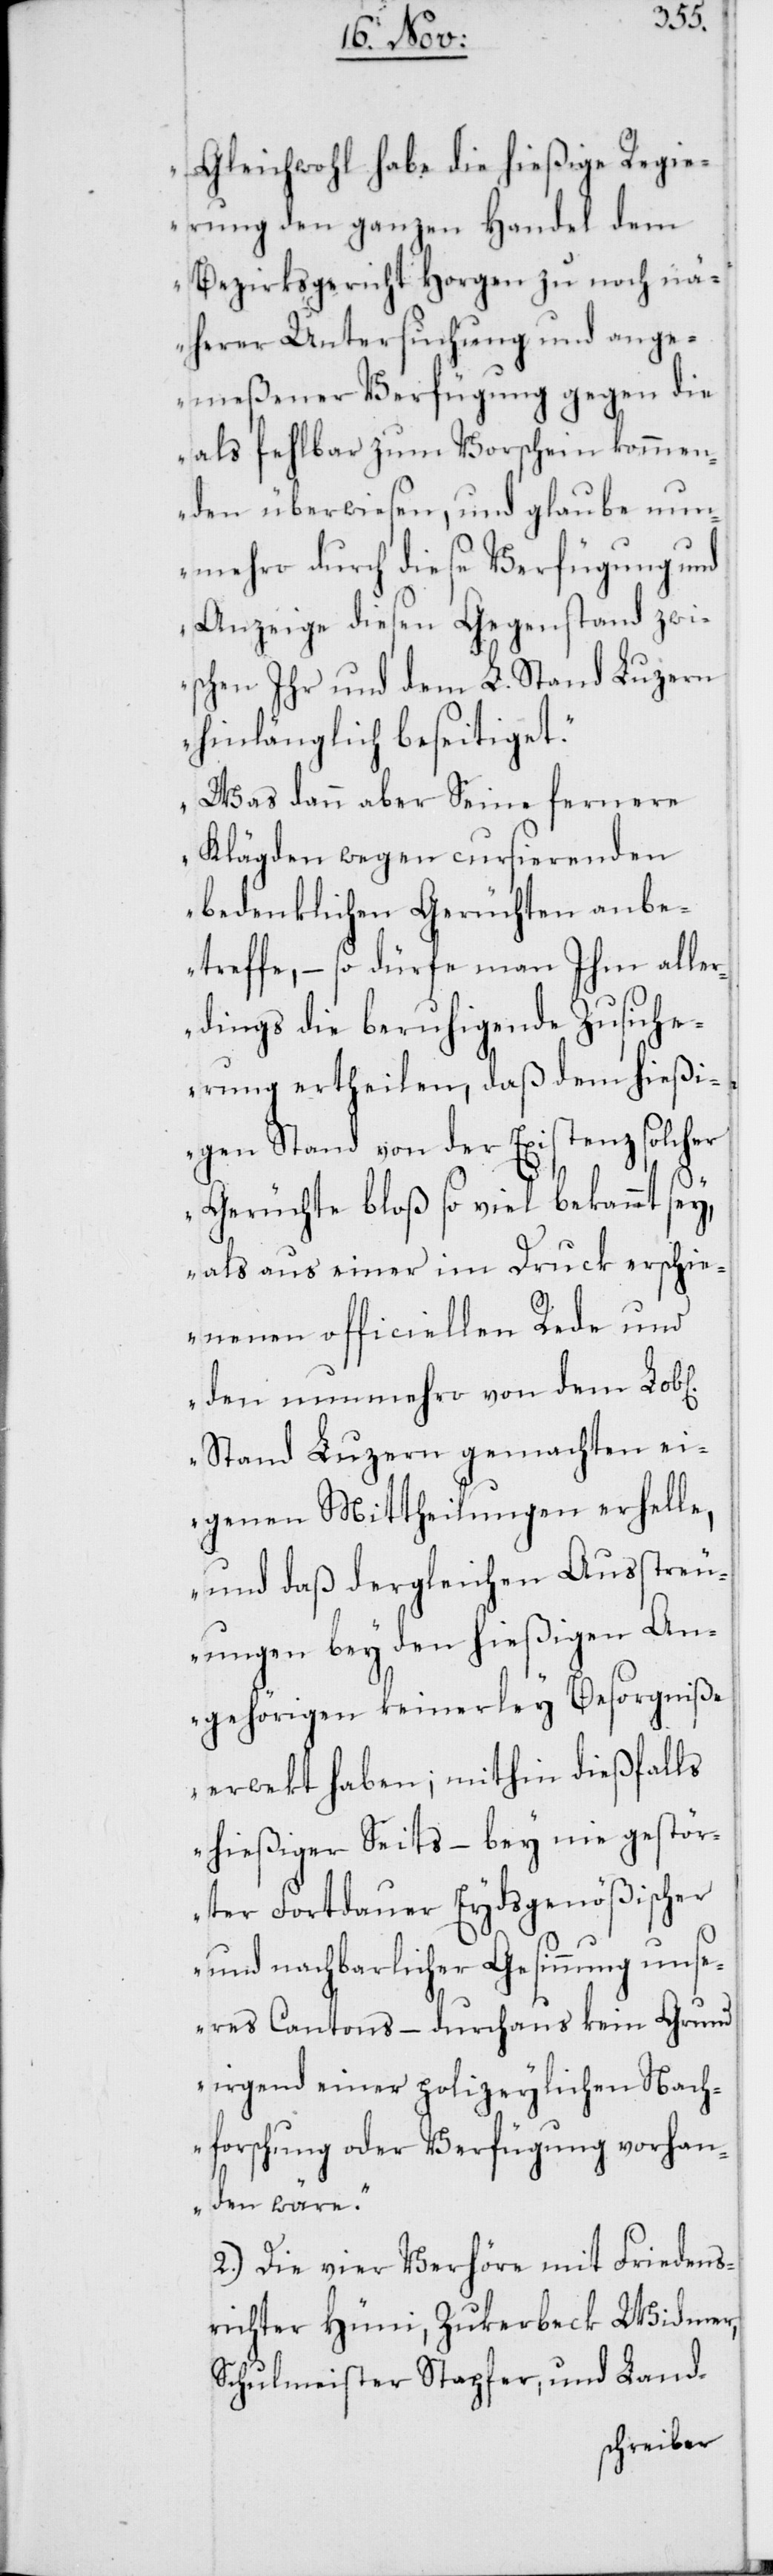
ichen]
Gleichwohl habe die hießige Regie¬
rung den ganzen Handel dem
Bezirksgericht Horgen zu noch nä¬
herer Untersuchung und ange¬
meßener Verfügung gegen die
als fehlbar zum Vorschein kommen¬
den überwiesen, und glaube nun¬
mehro durch diese Verfügung und
Anzeige diesen Gegenstand zwi¬
schen Ihr und dem L. Stand Luzern
hinlänglich beseitiget.
Was dann aber Seine fernere
Klägden wegen cursierenden
bedenklichen Gerüchten anbe¬
treffe, – so dürfe man Ihm aller¬
dings die beruhigende Zusiche¬
rung ertheilen, daß dem hießi¬
gen Stand von der Existenz solcher
Gerüchte bloß so viel bekannt sey,
als aus einer im Druck erschie¬
nen officiellen Rede und
den nunmehro von dem Lob[l¬
Stand Luzern gemachten ei¬
genen Mittheilungen erhell¬
e, und daß dergleichen Ausstreu¬
ungen bey den hießigen An¬
gehörigen keinerley Besorgniße
erwekt haben; mithin dießfalls
hießiger Seits, – bey nie gestör¬
ter Fortdauer Eydsgenößischer
und nachbarlicher Gesinnung uns¬
eres Cantons, – durchaus kein Grund
irgend einer polizeylichen Nach¬
forschung oder Verfügung vorhan¬
den wäre.“
2.) Die vier Verhöre mit Friedens¬
richter Hüni, Zukerbeck Widmer,
Schulmeister Stapfer, und Land-